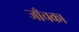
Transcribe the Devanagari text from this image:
जाँचका